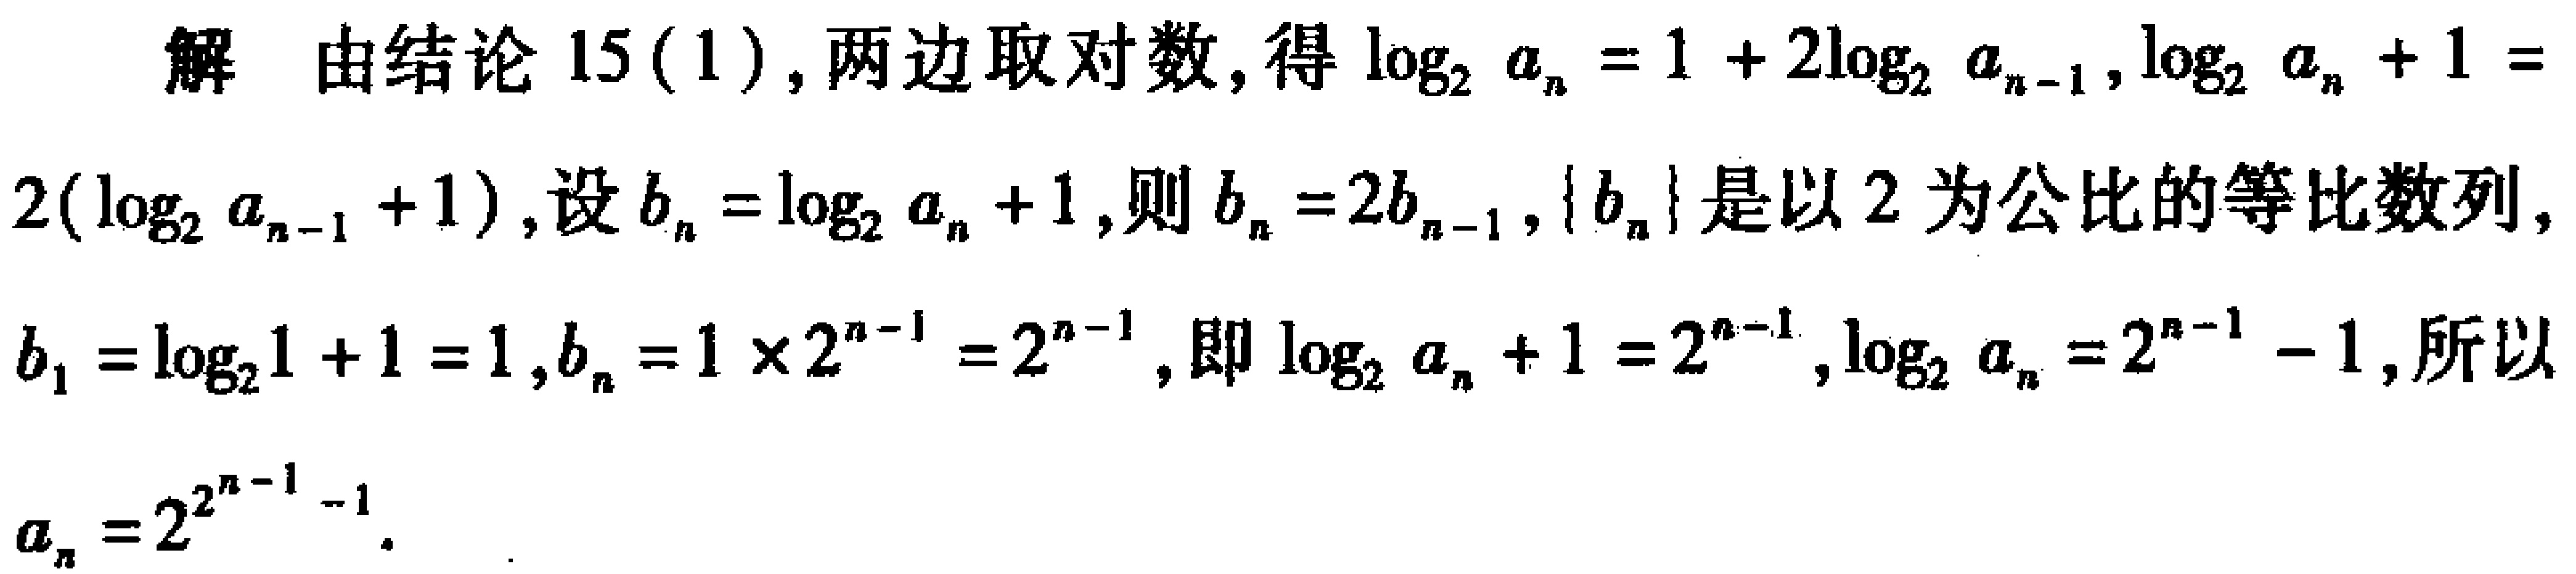
解 由结论 15(1), 两边取对数, 得\(\log_{2} a_{n}=1 + 2\log_{2} a_{n - 1}\), \(\log_{2} a_{n}+1 = 2(\log_{2} a_{n - 1}+1)\), 设\(b_{n}=\log_{2} a_{n}+1\), 则\(b_{n}=2b_{n - 1}\), \(\{b_{n}\}\)是以\(2\)为公比的等比数列, \(b_{1}=\log_{2}1 + 1 = 1\), \(b_{n}=1\times2^{n - 1}=2^{n - 1}\), 即\(\log_{2} a_{n}+1 = 2^{n - 1}\), \(\log_{2} a_{n}=2^{n - 1}-1\), 所以\(a_{n}=2^{2^{n - 1}-1}\).